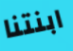
ابنتنا